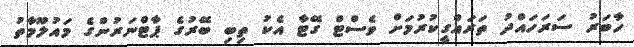
ހާބަރު ސަރަހައްދު ތަރައްގީކުރުމަށް ވެސްޓް ގޭޓާ އެކު ތިބި ބޭރުގެ ޕާޓްނަރުންގެ މައުލޫމާތު